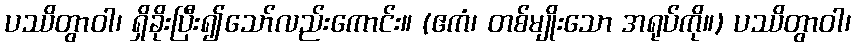
ပဿိတွာဝါ၊ ရှိခိုးပြီး၍သော်လည်းကောင်း။ (ဧကံ၊ တစ်မျိုးသော အရုပ်ကို။) ပဿိတွာဝါ၊